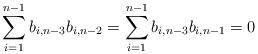
\begin{align*}\sum_{i=1}^{n-1} b_{i,n-3}b_{i,n-2}=\sum_{i=1}^{n-1} b_{i,n-3}b_{i,n-1}=0\end{align*}